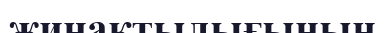
жинақтылығының